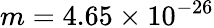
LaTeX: m=4.65\times 10^{-26}